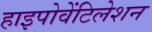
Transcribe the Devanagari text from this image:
हाइपोवेंटिलेशन